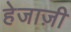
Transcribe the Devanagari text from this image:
हेजाज़ी